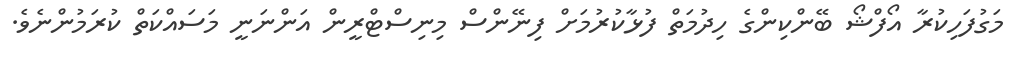
މަގުފަހިކުރާ އޯފްޝޯ ބޭންކިންގެ ހިދުމަތް ފުޅާކުރުމަށް ފިނޭންސް މިނިސްޓްރީން އަންނަނީ މަސައްކަތް ކުރަމުންނެވެ.